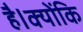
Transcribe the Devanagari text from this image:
है।क्योंकि